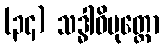
(၃၄) သဒ္ဓါဝိမုတ္တော